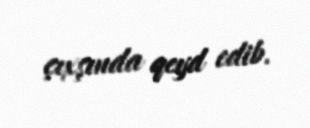
çıxşında qeyd edib.